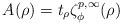
LaTeX: \begin{align*}A(\rho)=t_\rho\zeta_\phi^{p,\infty}(\rho)\end{align*}